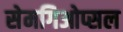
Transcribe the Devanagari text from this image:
सेमगिओप्सल